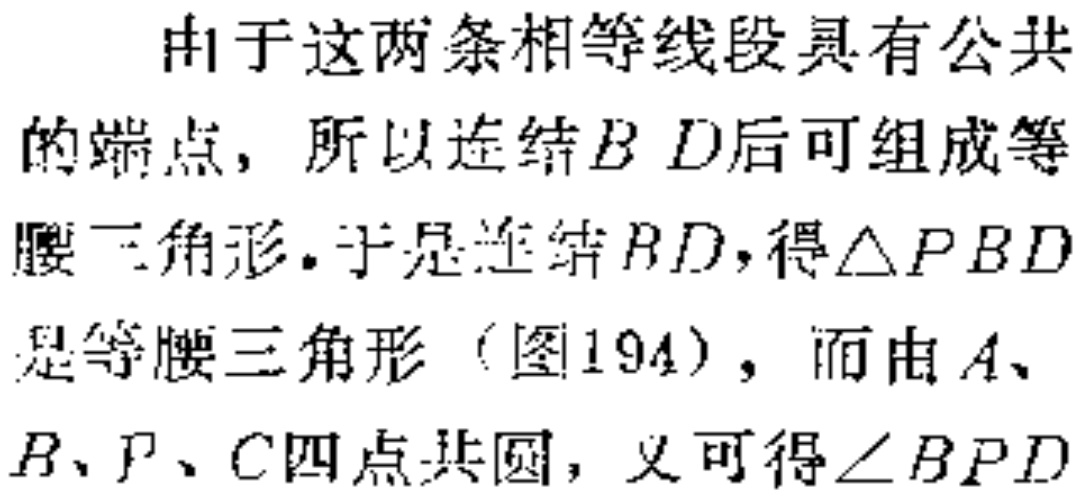
由于这两条相等线段具有公共

的端点，所以连结\(B D\)后可组成等

腰三角形. 于是连结\(BD\)，得\(\triangle PBD\)

是等腰三角形（图194），而由\(A\)、

\(B\)、\(P\)、\(C\)四点共圆，又可得\(\angle BPD\)